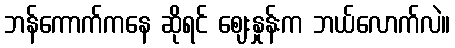
ဘန်ကောက်ကနေ ဆိုရင် ဈေးနှုန်းက ဘယ်လောက်လဲ။